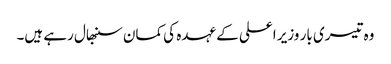
وہ تیسری بار وزیر اعلی کے عہدہ کی کمان سنبھال رہے ہیں۔